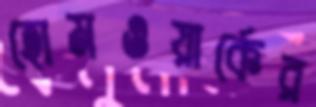
হোমওয়ার্কের